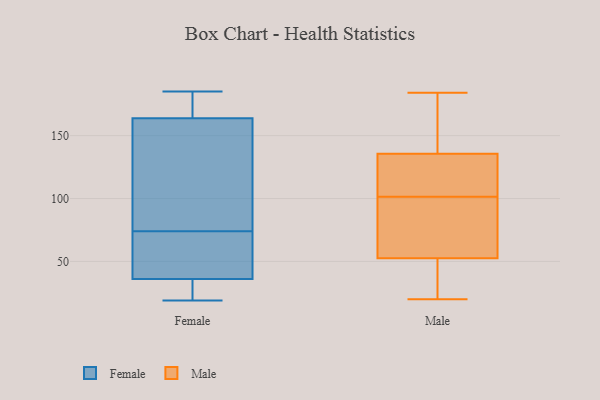
{"axis": {"x": "Budget (USD K)", "y": "Value"}, "legend": ["Female", "Male"], "data": [{"x": "", "y": 183, "type": "Female"}, {"x": "", "y": 19, "type": "Female"}, {"x": "", "y": 24, "type": "Female"}, {"x": "", "y": 74, "type": "Female"}, {"x": "", "y": 178, "type": "Female"}, {"x": "", "y": 37, "type": "Female"}, {"x": "", "y": 185, "type": "Female"}, {"x": "", "y": 50, "type": "Female"}, {"x": "", "y": 109, "type": "Female"}, {"x": "", "y": 159, "type": "Female"}, {"x": "", "y": 33, "type": "Female"}, {"x": "", "y": 62, "type": "Female"}, {"x": "", "y": 92, "type": "Female"}, {"x": "", "y": 109, "type": "Male"}, {"x": "", "y": 68, "type": "Male"}, {"x": "", "y": 112, "type": "Male"}, {"x": "", "y": 28, "type": "Male"}, {"x": "", "y": 53, "type": "Male"}, {"x": "", "y": 52, "type": "Male"}, {"x": "", "y": 140, "type": "Male"}, {"x": "", "y": 135, "type": "Male"}, {"x": "", "y": 176, "type": "Male"}, {"x": "", "y": 68, "type": "Male"}, {"x": "", "y": 63, "type": "Male"}, {"x": "", "y": 94, "type": "Male"}, {"x": "", "y": 159, "type": "Male"}, {"x": "", "y": 40, "type": "Male"}, {"x": "", "y": 136, "type": "Male"}, {"x": "", "y": 129, "type": "Male"}, {"x": "", "y": 184, "type": "Male"}, {"x": "", "y": 127, "type": "Male"}, {"x": "", "y": 27, "type": "Male"}, {"x": "", "y": 20, "type": "Male"}]}